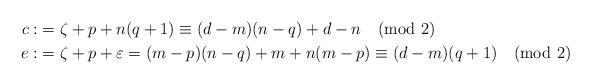
LaTeX: \begin{align*}c:&=\zeta+p+ n(q+1)\equiv (d-m)(n-q)+d-n \pmod 2\\e:&= \zeta+p+ \varepsilon = (m-p)(n-q)+m+n(m-p)\equiv (d-m)(q+1)\pmod 2\end{align*}